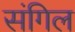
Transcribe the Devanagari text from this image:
संगिल